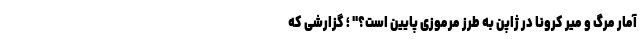
آمار مرگ و میر کرونا در ژاپن به طرز مرموزی پایین است؟" ؛ گزارشی که